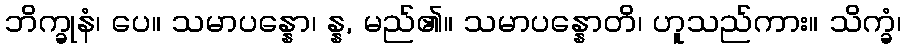
ဘိက္ခုနံ၊ ပေ။ သမာပန္နော၊ န္န, မည်၏။ သမာပန္နောတိ၊ ဟူသည်ကား။ သိက္ခံ၊